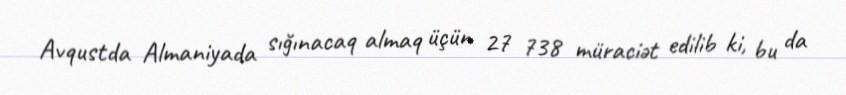
Avqustda Almaniyada sığınacaq almaq üçün 27 738 müraciət edilib ki, bu da